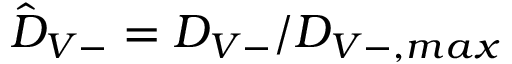
\hat { D } _ { V - } = D _ { V - } / D _ { V - , m a x }